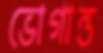
ভোগান্ত